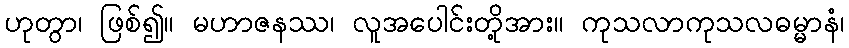
ဟုတွာ၊ ဖြစ်၍။ မဟာဇနဿ၊ လူအပေါင်းတို့အား။ ကုသလာကုသလဓမ္မာနံ၊